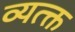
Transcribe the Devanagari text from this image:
व्यत्क्त